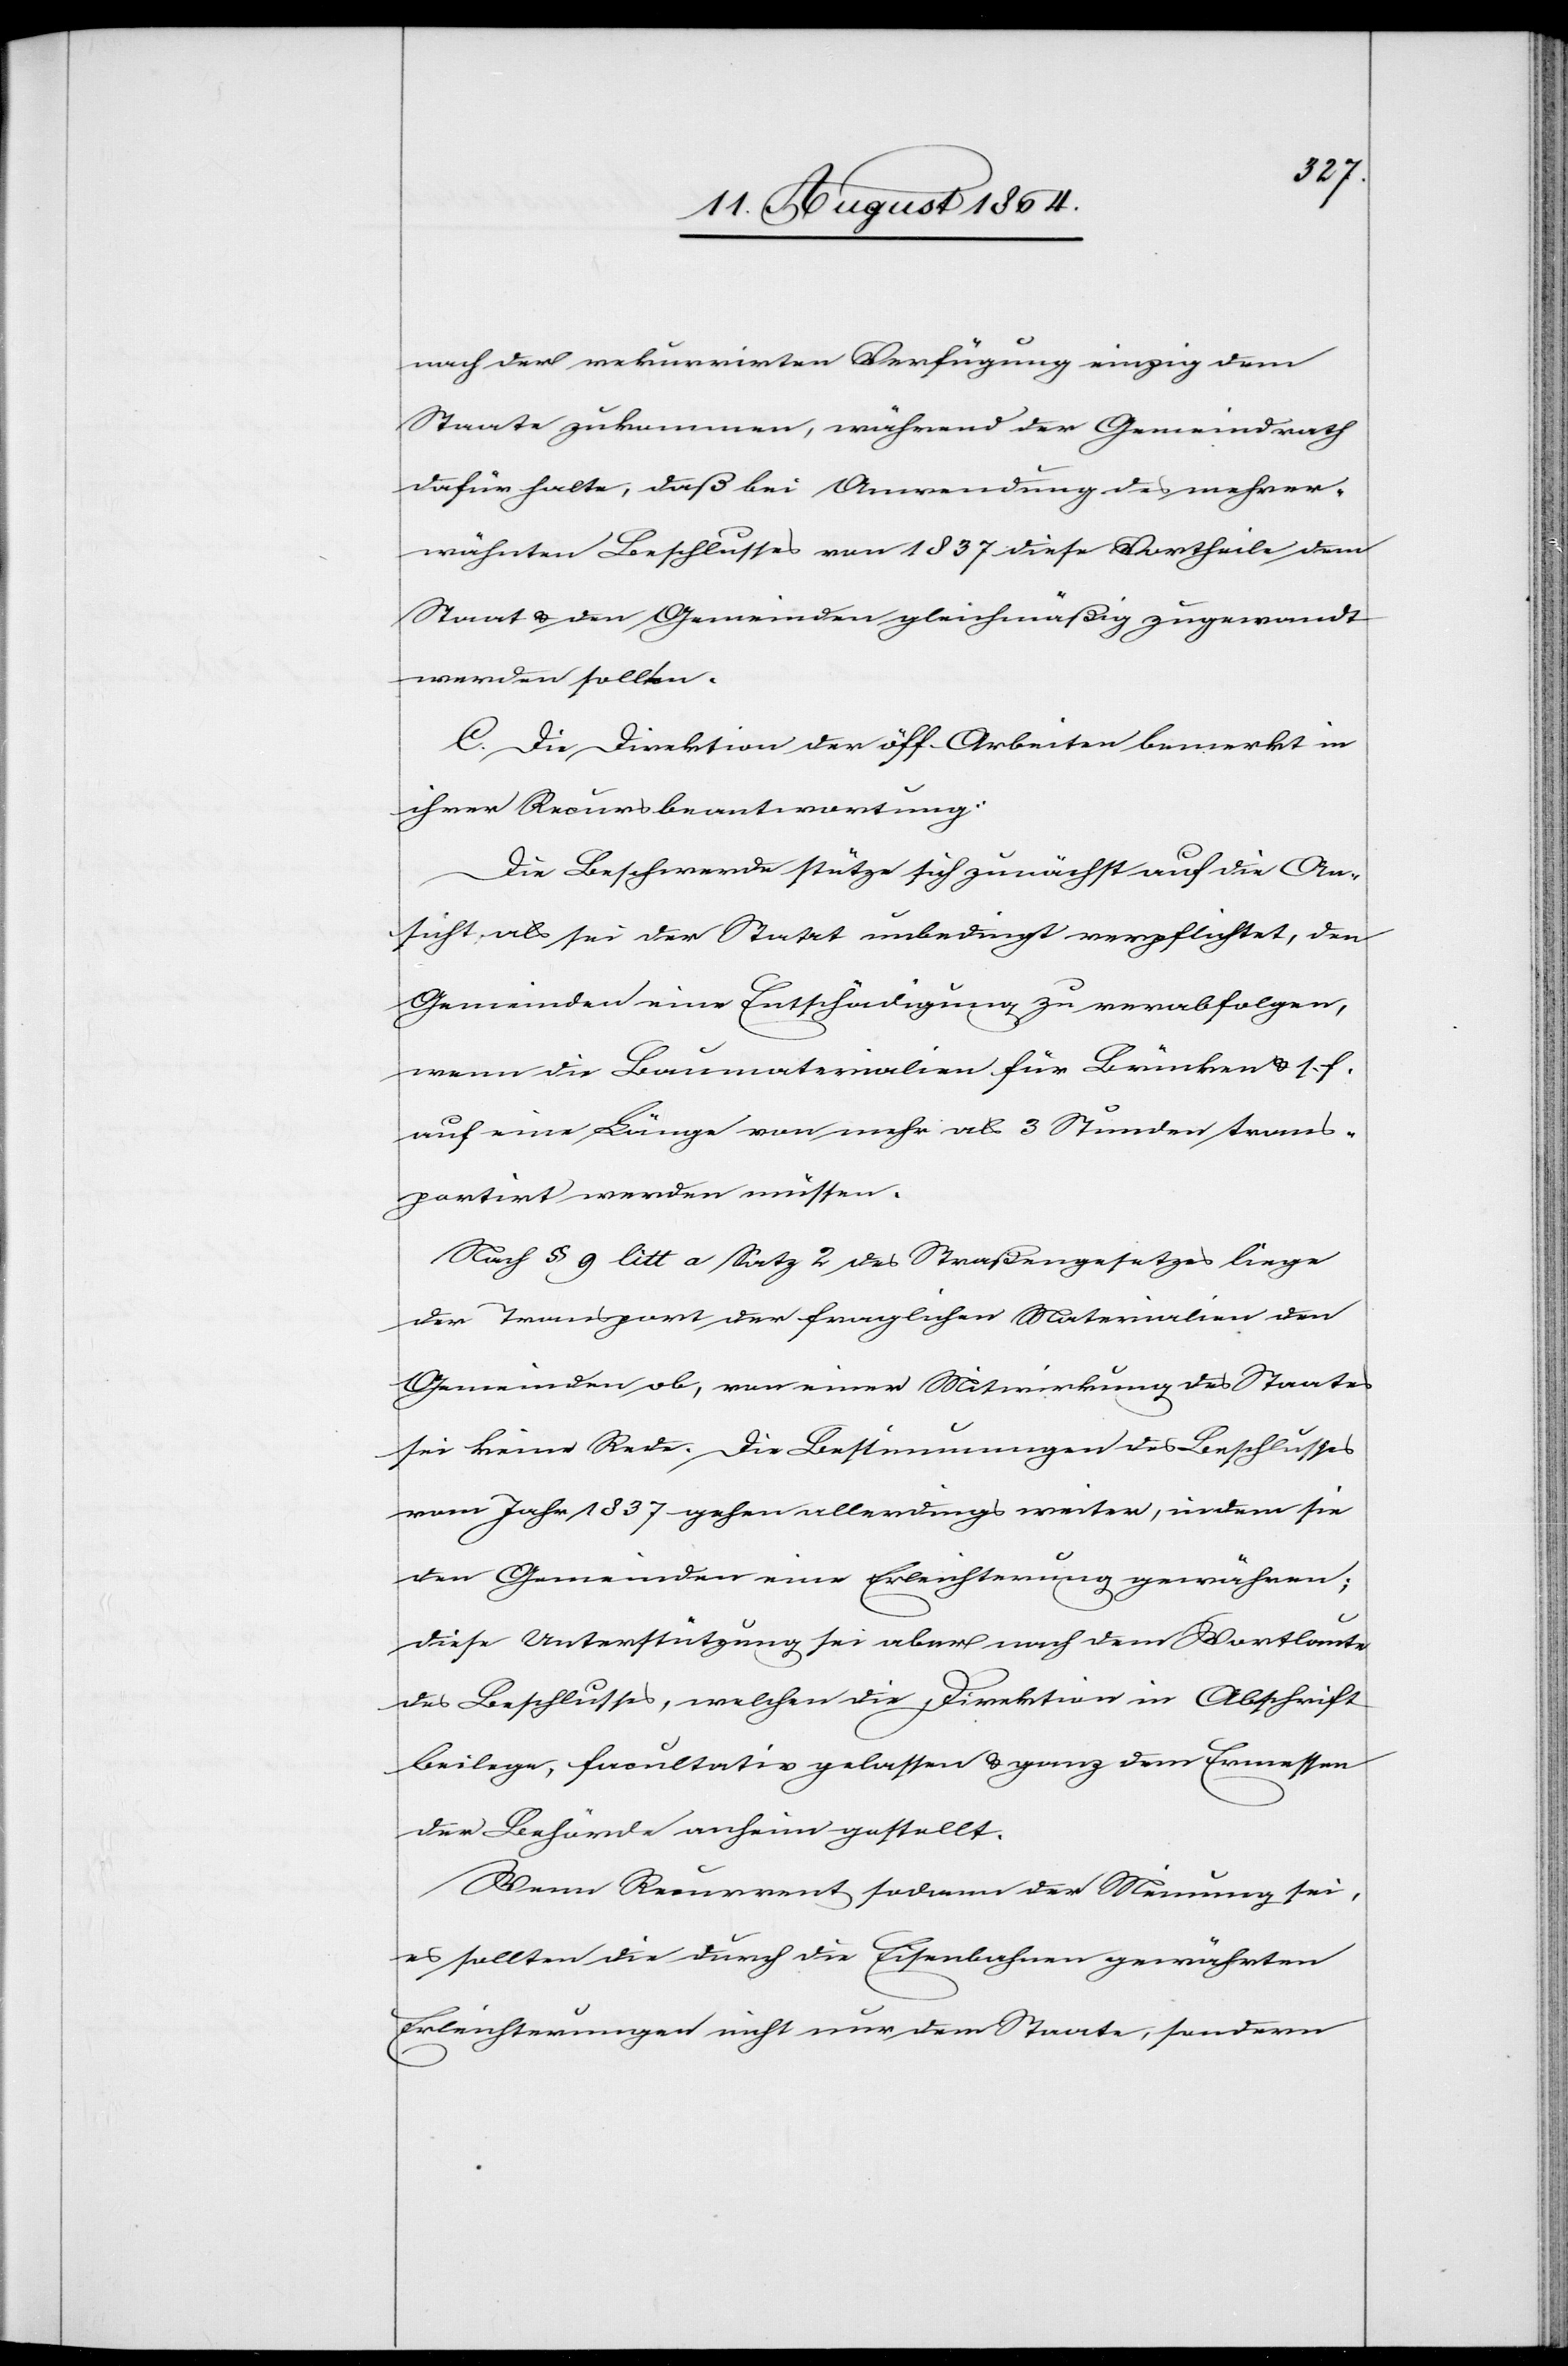
nach der rekurrirten Verfügung einzig dem
Staate zukommen, während der Gemeindrath
dafür halte, daß bei Anwendung des mehrer¬
wähnten Beschlusses von 1837 diese Vortheile dem
Staat & den Gemeinden gleichmäßig zugewandt
werden sollten.
C. Die Direktion der öff. Arbeiten bemerkt in
ihrer Recursbeantwortung:
Die Beschwerde stütze sich zunächst auf die An¬
sicht, als sei der Statrt [recte: Staat] unbedingt verpflichtet, den
Gemeinden eine Entschädigung zu verabfolgen,
wenn die Baumaterialien für Brücken & s. f.
auf eine[r] Länge von mehr als 3 Stunden trans¬
portirt werden müssen.
Nach § 9 litt a Satz 2 des Straßengesetzes liege
der Transport der fraglichen Materialien den
Gemeinden ob, von einer Mitwirkung des Staates
sei keine Rede. Die Bestimmungen des Beschlusses
vom Jahr 1837 gehen allerdings weiter, indem sie
den Gemeinden eine Erleichterung gewähren;
diese Unterstützung sei aber nach dem Wortlaute
des Beschlusses, welchen die Direktion in Abschrift
beilege, facultativ gelassen & ganz dem Ermessen
der Behörde anheim gestellt.
Wenn Recurrent sodann der Meinung sei,
es sollten die durch die Eisenbahnen gewährten
Erleichterungen nicht nur dem Staate, sondern